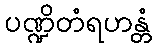
ပဏ္ဍိတံရဟန္တံ